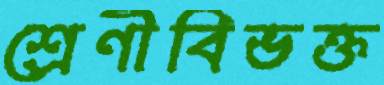
শ্রেণীবিভক্ত